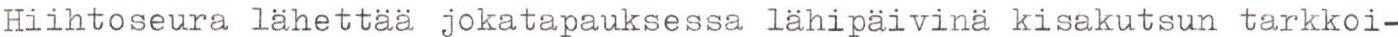
Hiihtoseura lähettää jokatapauksessa lähipäivinä kisakutsun tarkkoi-